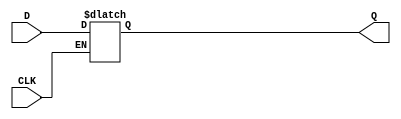
module D_latch (D, CLK, Q);


    input D;
    input CLK;
    output reg Q;
    always @ (D, CLK)
        if (CLK)
            Q = D;
endmodule